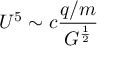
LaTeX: U ^ { 5 } \sim c { \frac { q / m } { G ^ { \frac { 1 } { 2 } } } }